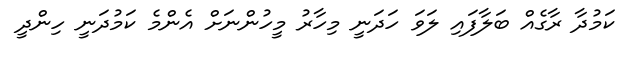
ކަމުދާ ރާގެއް ބަލާފައި ލަވަ ހަދަނީ މިހާރު މީހުންނަށް އެންމެ ކަމުދަނީ ހިންދީ